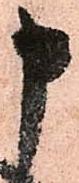
申